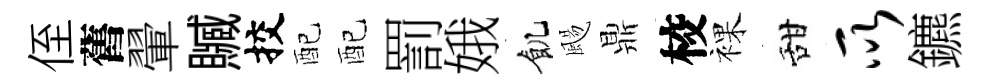
侄舊翬贓挍配配罰娥飢颺鼎校裸甜所鑣